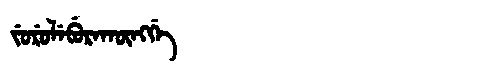
Manchu: ᠵᡠᡵᡠᠯᡝᠪᡠᡵᠠᡴᡡᠩᡤᡝ
Romanization: JURULEBURAKŪNGGE